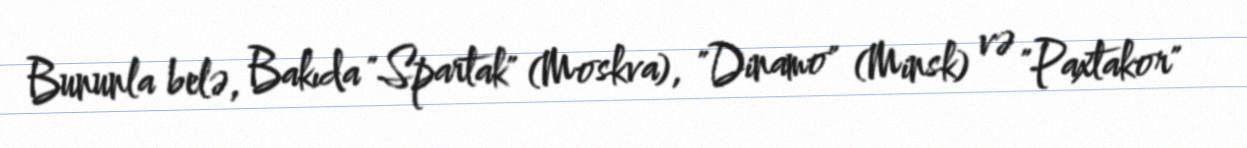
Bununla belə, Bakıda "Spartak" (Moskva), "Dinamo" (Minsk) və "Paxtakor"